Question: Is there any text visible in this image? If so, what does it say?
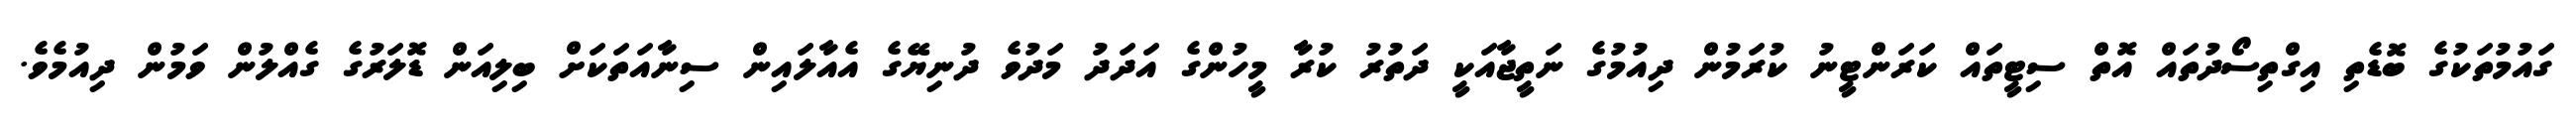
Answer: ގައުމުތަކުގެ ބޮޑެތި އިގްތިސޯދުތައް އޮތް ސިޓީތައް ކަރަންޓީނު ކުރަމުން ދިއުމުގެ ނަތީޖާއަކީ ދަތުރު ކުރާ މީހުންގެ އަދަދު މަދުވެ ދުނިޔޭގެ އެއާލައިން ސިނާއަތަކަށް ބިލިއަން ޑޮލަރުގެ ގެއްލުން ވަމުން ދިއުމެވެ.